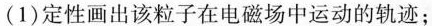
(1)定性画出该粒子在电磁场中运动的轨迹；